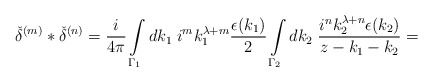
\begin{align*}{\check{\delta}}^{(m)}\ast{\check{\delta}}^{(n)}=\frac {i} {4\pi}\int\limits_{{\Gamma}_1}dk_1\;i^mk_1^{\lambda+m}\frac {\epsilon(k_1)} {2}\int\limits_{{\Gamma}_2}dk_2\;\frac {i^nk_2^{\lambda+n}\epsilon(k_2)} {z-k_1-k_2}=\end{align*}